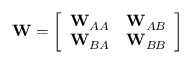
\mathbf { W } = \left[ \begin{array} { l l } { \mathbf { W } _ { A A } } & { \mathbf { W } _ { A B } } \\ { \mathbf { W } _ { B A } } & { \mathbf { W } _ { B B } } \end{array} \right]